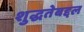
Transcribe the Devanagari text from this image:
शुद्धतेबद्दल